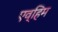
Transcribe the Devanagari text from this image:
एव्हिम